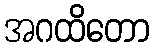
အဂထိတော